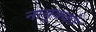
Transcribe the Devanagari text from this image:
नाबुक्को